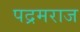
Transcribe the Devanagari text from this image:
पद्रमराज